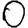
Digit: 0